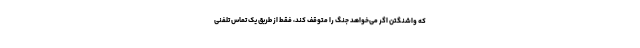
که واشنگتن اگر می‌خواهد جنگ را متوقف کند، فقط از طریق یک تماس تلفنی